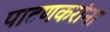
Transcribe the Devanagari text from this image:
पाटणकरांना